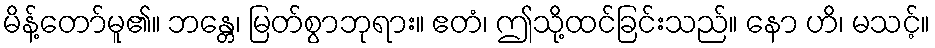
မိန့်တော်မူ၏။ ဘန္တေ၊ မြတ်စွာဘုရား။ ဧတံ၊ ဤသို့ထင်ခြင်းသည်။ နော ဟိ၊ မသင့်။